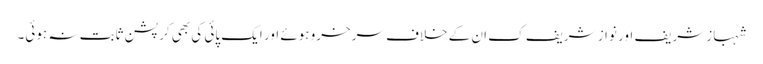
شہباز شریف اور نواز شریف ک ان کے خلاف سرخرو ہوئے اور ایک پائی کی بھی کرپشن ثابت نہ ہوئی۔